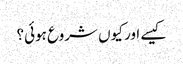
کیسے اور کیوں شروع ہوئی؟